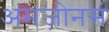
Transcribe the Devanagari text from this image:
अमज़ोनस